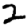
Digit: 2